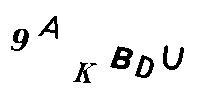
9AKBDU